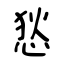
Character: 悐